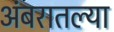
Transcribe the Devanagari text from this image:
अंबरातल्या